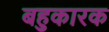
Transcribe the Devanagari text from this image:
बहुकारक